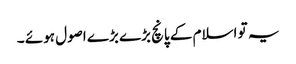
یہ تو اسلام کے پانچ بڑے بڑے اصول ہوئے ۔